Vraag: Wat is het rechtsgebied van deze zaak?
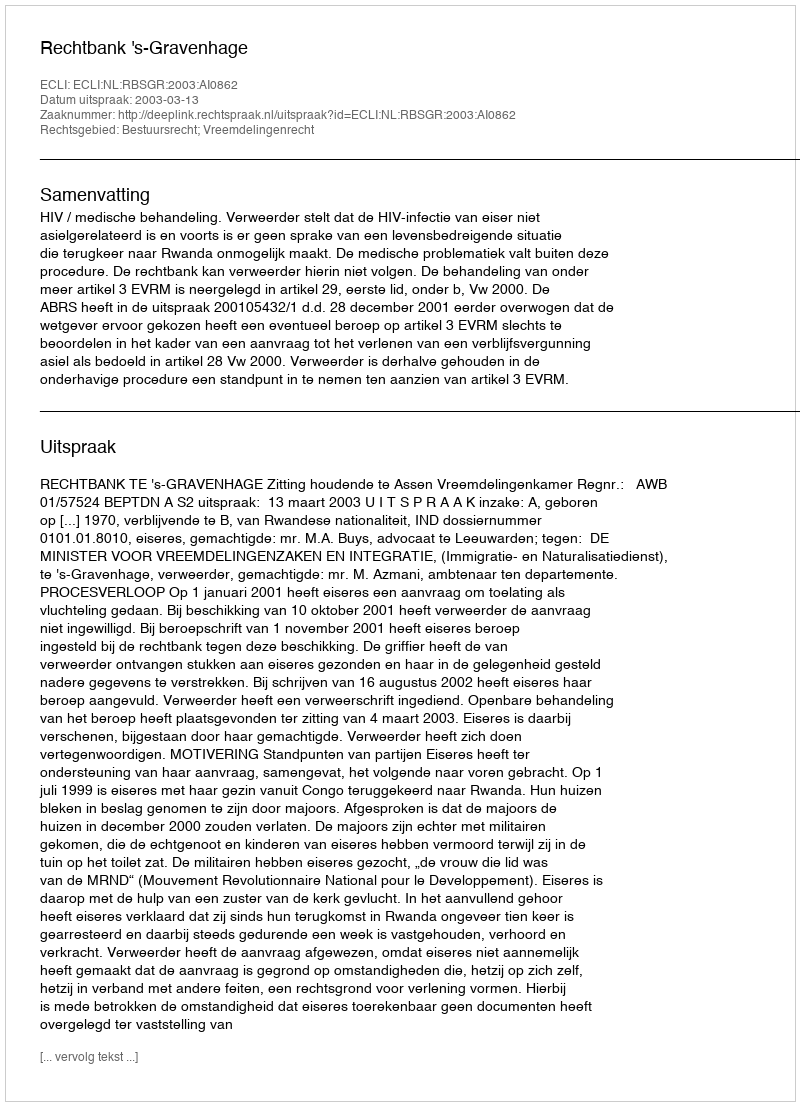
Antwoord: Bestuursrecht; Vreemdelingenrecht